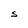
Character: S